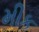
મીક